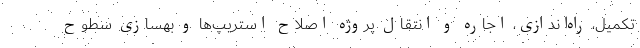
تکمیل، راه‌اندازی، اجاره و انتقال پروژه اصلاح استریپ‌ها و بهسازی سطوح